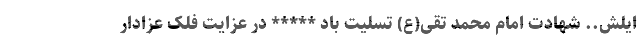
ایلش.. شهادت امام محمد تقی(ع) تسلیت باد ***** در عزایت فَلک عزادار